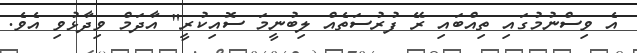
އެ ވިސްނުމުގައި ތިއްބައި ރޭ ފުރުސަތެއް ލިބުނީމަ ސޮއިކުރީ" އާދަމް ވިދާޅުވި އެވެ.